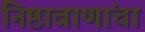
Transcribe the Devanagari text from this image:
निष्ठावाणांचा